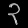
Digit: ၃